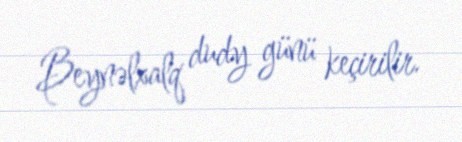
Beynəlxalq dudy günü keçirilir.